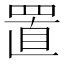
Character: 置